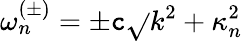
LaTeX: \omega_{n}^{(\pm)}=\pm\mathtt{c}\sqrt{}{{k^{2}+\kappa_{n}^{2}}}